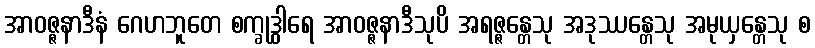
အာဝဇ္ဇနာဒီနံ ဂေဟဘူတေ စက္ခုဒွါရေ အာဝဇ္ဇနာဒီသုပိ အရဇ္ဇန္တေသု အဒုဿန္တေသု အမုယှန္တေသု စ